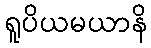
ရူပိယမယာနိ